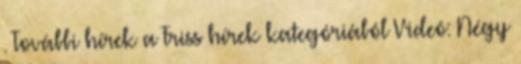
. További hírek a Friss hírek kategóriából Videó: Négy